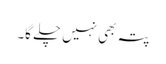
پتہ بھی نہیں چلے گا۔